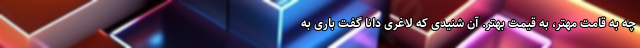
چه به قامت مهتر، به قیمت بهتر. آن شنیدی که لاغری دانا گفت باری به